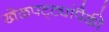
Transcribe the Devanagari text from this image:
खेळपट्ट्यांपैकी